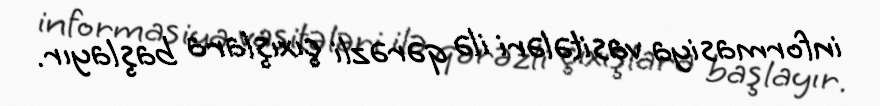
informasiya vasitələri ilə qərəzli çıxışlara başlayır.